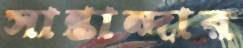
সান্তান্দার